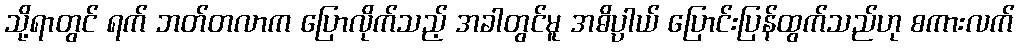
သို့ရာတွင် ရက် ဘတ်တလာက ပြောလိုက်သည့် အခါတွင်မူ အဓိပ္ပာယ် ပြောင်းပြန်ထွက်သည်ဟု စကားလက်